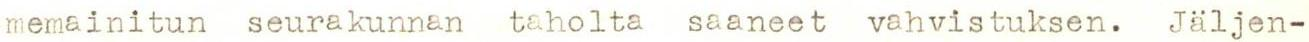
memainitun seurakunnan taholta saaneet vahvistuksen. Jäljen-